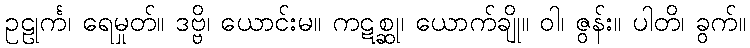
ဥဠုင်္က၊ ရေမှုတ်။ ဒဗ္ဗိ၊ ယောင်းမ။ ကဋစ္ဆု၊ ယောက်ချို။ ဝါ၊ ဇွန်း။ ပါတိ၊ ခွက်။